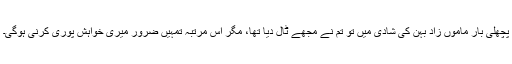
پچھلی بار ماموں زاد بہن کی شادی میں تو تم نے مجھے ٹال دیا تھا، مگر اس مرتبہ تمہیں ضرور میری خواہش پوری کرنی ہوگی۔